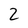
Character: 2